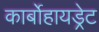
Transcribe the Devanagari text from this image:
कार्बोहायड्रेट